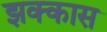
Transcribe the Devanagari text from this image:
झक्कास